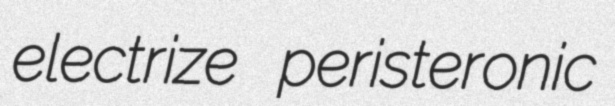
electrize peristeronic